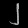
Digit: ၂